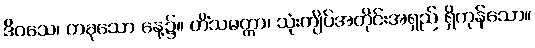
ဒိဝသေ၊ တခုသော နေ့၌။ တိံသမတ္တာ၊ သုံးကျိပ်အတိုင်းအရှည် ရှိကုန်သော။